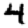
Digit: 4